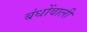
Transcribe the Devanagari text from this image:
बंधोंवाली